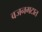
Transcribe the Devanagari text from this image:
वजनगटात